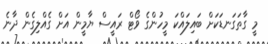
މީ ގާތަގަނޑަކަށް ބައިލައްކަ މީހުންގެ ވޯޓް ރައީސް ޔާމީން އަށް ގެއްލިގެން ދާނެ